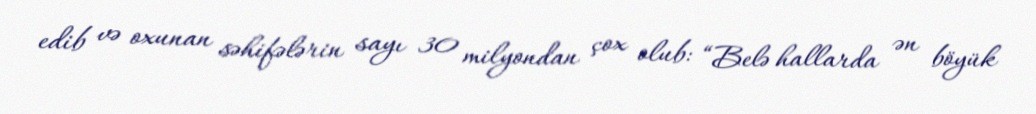
edib və oxunan səhifələrin sayı 30 milyondan çox olub: “Belə hallarda ən böyük